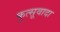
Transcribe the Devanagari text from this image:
कुत्सूवादा